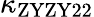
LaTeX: \kappa_{\mathrm{ZYZY22}}